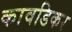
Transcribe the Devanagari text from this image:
कावडिकर